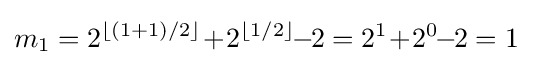
m_{1}=2^{\lfloor (1+1)/2\rfloor }\!+\!2^{\lfloor 1/2\rfloor }\!\!-\!\!2=2^{1}\!+\!2^{0}\!\!-\!\!2=1~